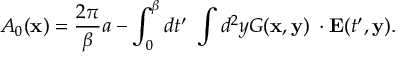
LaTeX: { \cal A } _ { 0 } ( { \bf x } ) = \frac { 2 \pi } { \beta } a - \int _ { 0 } ^ { \beta } d t ^ { \prime } ~ \int d ^ { 2 } y G ( { \bf x , y } ) { \bf \nabla } \cdot { \bf E } ( t ^ { \prime } , { \bf y } ) .